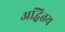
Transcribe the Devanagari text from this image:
अद्धितय